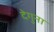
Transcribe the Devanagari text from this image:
देगुना